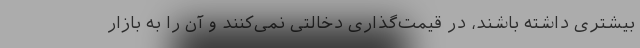
بیشتری داشته باشند، در قیمت‌گذاری دخالتی نمی‌کنند و آن را به بازار